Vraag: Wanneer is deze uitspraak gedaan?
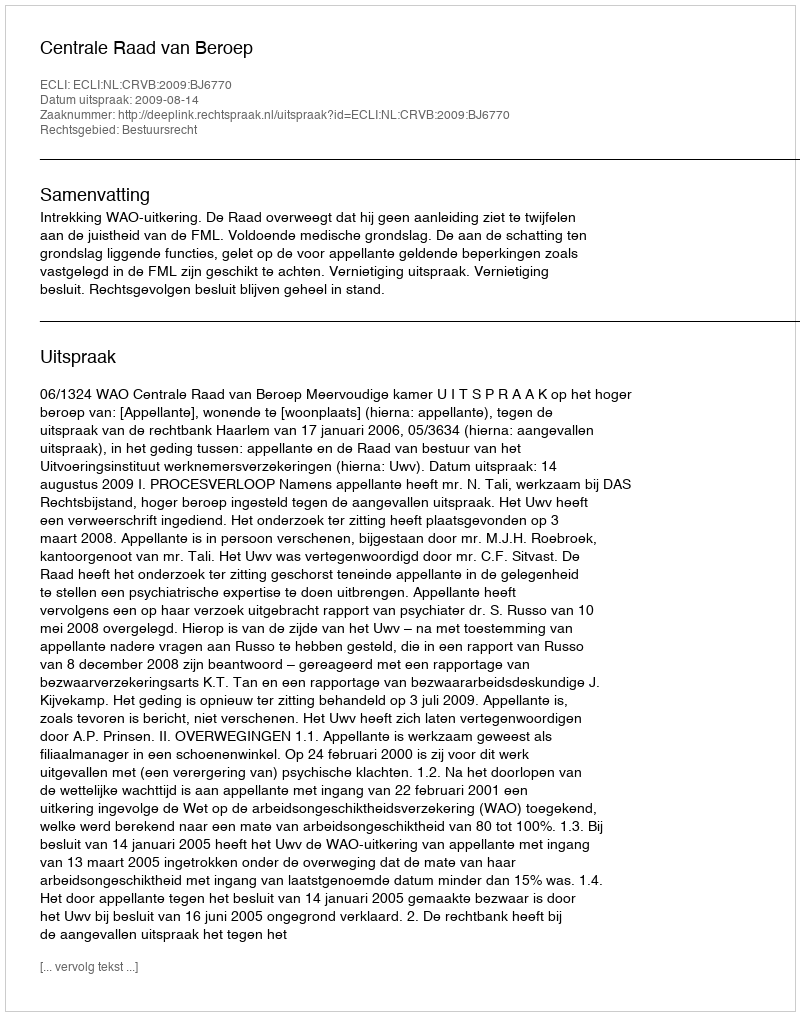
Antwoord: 2009-08-14